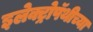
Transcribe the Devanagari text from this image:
इलेक्ट्रोपॅथीच्या